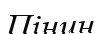
Пінин